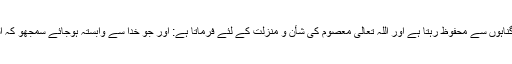
معصوم وہ ہے جو اللہ کی مدد سے تمام گناہوں سے محفوظ رہتا ہے اور اللہ تعالٰی معصوم کی شأن و منزلت کے لئے فرماتا ہے: اور جو خدا سے وابستہ ہوجائے سمجھو کہ اسے سیدھے راستہ کی ہدایت کردی گئی۔